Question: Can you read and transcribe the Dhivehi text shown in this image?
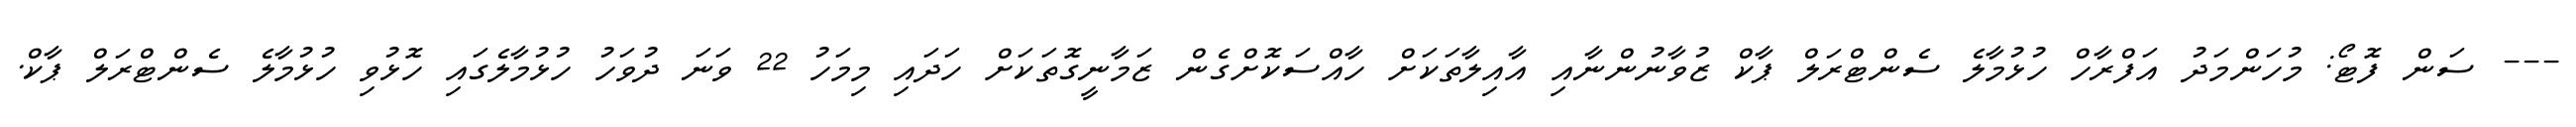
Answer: --- ސަން ފޮޓޯ: މުހަންމަދު އަފްރާހް ހުޅުމާލެ ސެންޓްރަލް ޕާކް ޒުވާނުންނާއި އާއިލާތަކަށް ހާއްސަކޮށްގެން ޒަމާނީގޮތަކަށް ހަދައި މިމަހު 22 ވަނަ ދުވަހު ހުޅުމާލެގައި ހޮޅުވި ހުޅުމާލެ ސެންޓްރަލް ޕާކް.